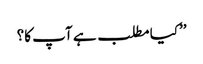
’’کیا مطلب ہے آپ کا؟